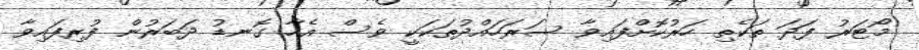
މޯޓަރު ފަދަ ތަކެތި ހަރުކޮށްފައިވާ ސަރަހައްދުތަކަކީ ވެސް އެހާ ގޮނޑު ދަބަރުން ފުރިފައިވާ